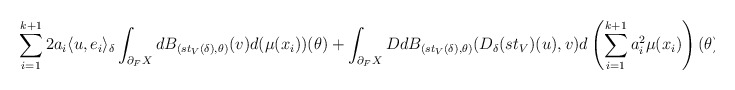
\begin{align*}\sum_{i=1}^{k+1}2a_i\langle u,e_i\rangle_\delta\int_{\partial_F X}dB_{(st_V(\delta),\theta)}(v)d(\mu(x_i))(\theta)+\int_{\partial_F X}DdB_{(st_V(\delta),\theta)}(D_\delta(st_V)(u),v)d\left(\sum_{i=1}^{k+1}a_i^2\mu(x_i)\right)(\theta)\equiv 0\end{align*}